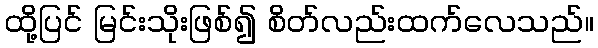
ထို့ပြင် မြင်းသိုးဖြစ်၍ စိတ်လည်းထက်လေသည်။